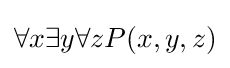
\forall x\exists y\forall zP(x,y,z)